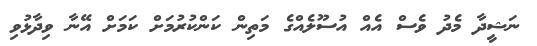
ނަޝީދާ މެދު ވެސް އެއް އުސޫލެއްގެ މަތިން ކަންކުރުމަށް ކަމަށް އޭނާ ވިދާޅުވި